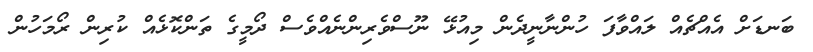
ބަނޑަށް އެއްޗެއް ލައްވާފަ ހުންނާނީދެން މިއުޅޭ ނޫސްވެރިންނެއްވެސް ދޯމީގެ ތަންކޮޅެއް ކުރިން ރޯމަހުން